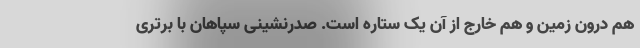
هم درون زمین و هم خارج از آن یک ستاره است. صدرنشینی سپاهان با برتری